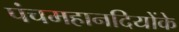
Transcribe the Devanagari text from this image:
पंचमहानदियोंके